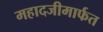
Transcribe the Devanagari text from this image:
महादजीमार्फत